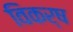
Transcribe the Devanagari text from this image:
विकर्ष